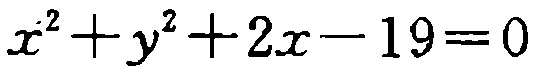
\(x^{2}+y^{2}+2x - 19 = 0\)